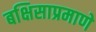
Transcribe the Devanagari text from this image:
बक्षिसाप्रमाणे